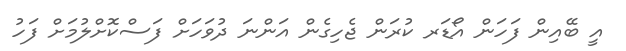
އީ ބޭއިން ފަހަން އޯޑަރ ކުރަން ޖެހިގެން އަންނަ ދުވަހަށް ފަސްކޮށްލުމަށް ފަހު